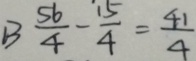
B \frac { 5 6 } { 4 } - \frac { 1 5 } { 4 } = \frac { 4 1 } { 4 }